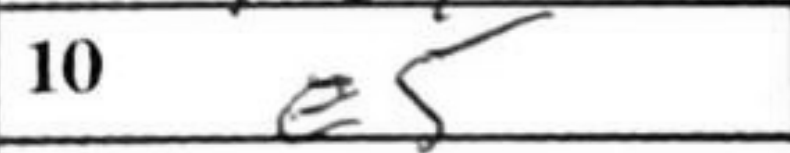
Transcription: e5